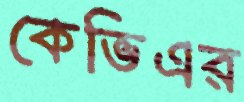
কেভিএর